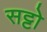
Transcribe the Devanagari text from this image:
सट्टो